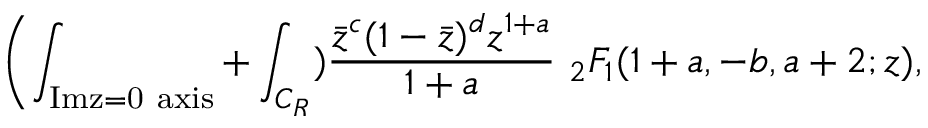
\biggl ( \int _ { \mathrm { I m z = 0 \ a x i s } } + \int _ { C _ { R } } ) { \frac { { \bar { z } } ^ { c } ( 1 - { \bar { z } } ) ^ { d } z ^ { 1 + a } } { 1 + a } } \ _ { 2 } F _ { 1 } ( 1 + a , - b , a + 2 ; z ) ,